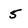
Character: 5